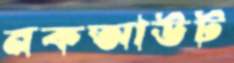
নকআউট